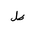
Letter: _za